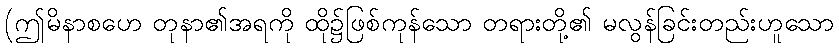
(ဤမိနာစဟေ တုနာ၏အရကို ထို၌ဖြစ်ကုန်သော တရားတို့၏ မလွန်ခြင်းတည်းဟူသော